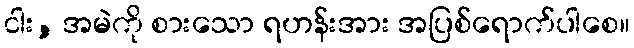
ငါး, အမဲကို စားသော ရဟန်းအား အပြစ်ရောက်ပါစေ။